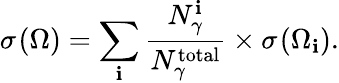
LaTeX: \sigma^{}({\Omega})=\sum_{\mathbf{i}}\frac{{N_{\gamma}^{\mathrm{{\mathbf{i}}}}}}{{N_{\gamma}^{\mathrm{{total}}}}}\times\sigma^{}({\Omega}_{\mathbf{i}}).